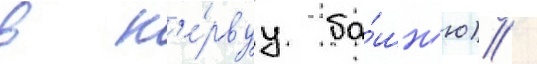
в п'е́рвуу ба́шн'ю) /